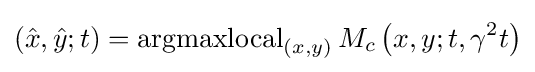
({\hat {x}},{\hat {y}};t)=\operatorname {argmaxlocal} _{(x,y)}M_{c}\left(x,y;t,\gamma ^{2}t\right)